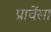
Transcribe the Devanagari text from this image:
प्रावेंसा